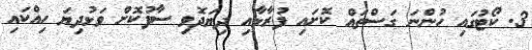
3. ކޯޓުގައި ހުންނަ ގަސްތައް ކޮށައި ފުރާޅާއި ދިޔަދޮވި ސާފުކޮށް ވަޅުދިޔަ ހިއްކައި